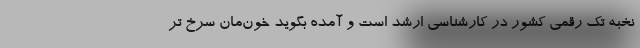
نخبه تک رقمی کشور در کارشناسی ارشد است و آمده بگوید خون‌مان سرخ تر